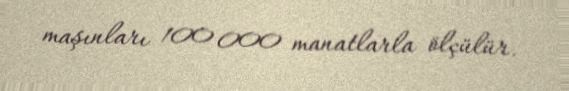
maşınları 100 000 manatlarla ölçülür.